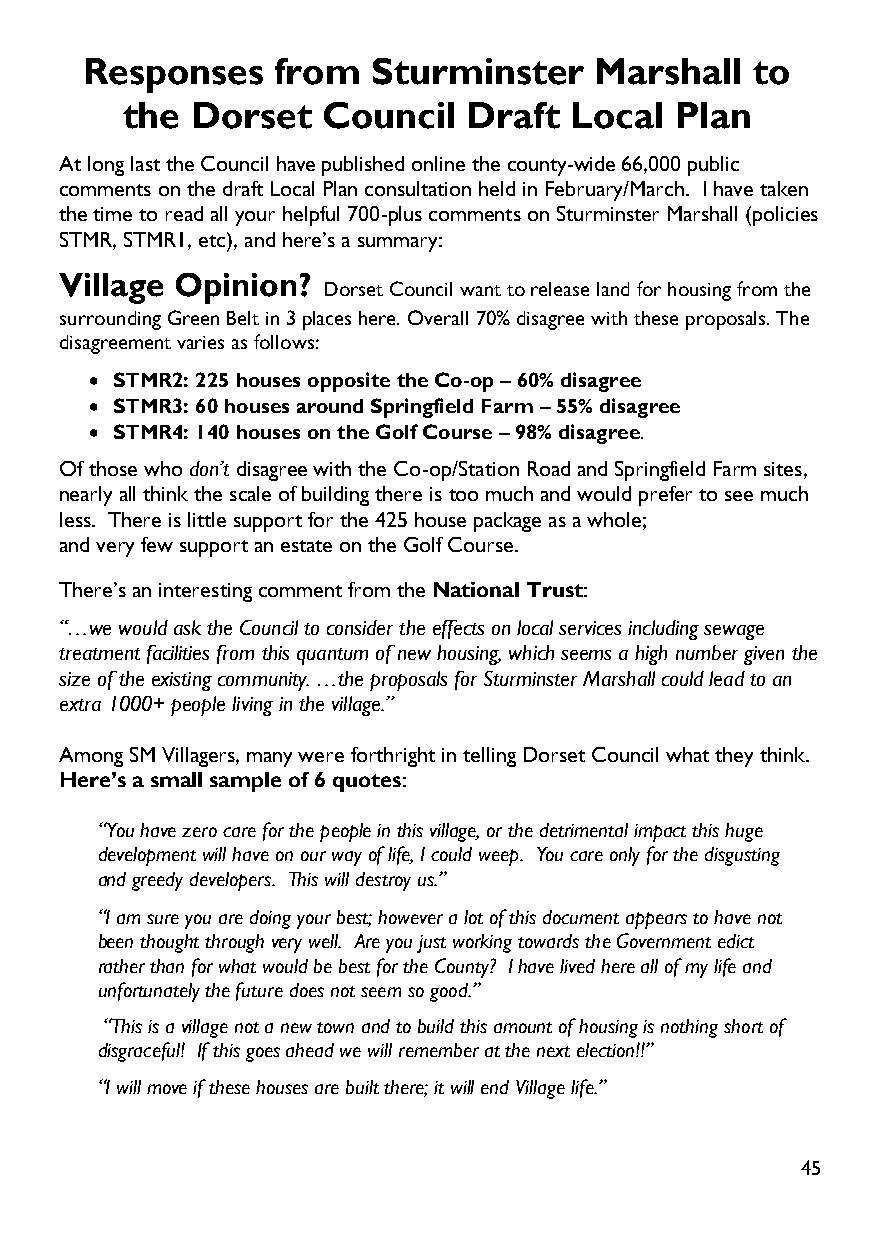
Responses   from   Sturminster   Marshall   to
 the  Dorset  Council   Draft  Local  Plan
 At long last the Council have published online the county-wide 66,000 public
 comments on the draft Local Plan consultation held in February/March. I have taken
 the time to read all your helpful 700-plus comments on Sturminster Marshall (policies
 STMR, STMR1, etc),and here’s a summary:
 Village Opinion?
 Dorset Council want to release land for housing from the
 surrounding Green Belt in 3 places here. Overall 70% disagree with these proposals. The
 disagreement varies as follows:
  STMR2: 225 houses opposite the Co-op–60% disagree
  STMR3: 60 houses around Springfield Farm–55% disagree
  STMR4: 140 houses on the Golf Course–98% disagree.
 Of those whodon’tdisagree with the Co-op/Station Road and Springfield Farm sites,
 nearly all think the scale of building there is too much and would prefer to see much
 less. There is little support for the 425 house package as a whole;
 and very few support an estate on the Golf Course.
 There’s an interesting comment from theNational Trust:
 “…we would ask the Council to consider the effects on local services including sewage
 treatment facilities from this quantum of new housing, which seems a high number given the
 size of the existing community. …the proposals for Sturminster Marshall could lead to an
 extra 1000+ people living in the village.”
 Among SM Villagers, many were forthright in telling Dorset Council what they think.
 Here’s a small sample of 6 quotes:
 “You have zero care for the people in this village, or the detrimental impact this huge
 development will have on our wayof life, I could weep. You care only for the disgusting
 and greedy developers. This will destroy us.”
 “I am sure you are doing your best; however a lot of this document appears to have not
 been thought through very well. Are you just working towards the Government edict
 rather than for what would be best for the County? I have lived here all of my life and
 unfortunately the future does not seem so good.”
 “This is a village not a new town and to build this amount of housing is nothing short of
 disgraceful! If this goes ahead we will remember at the next election!!”
 “I will move if these houses are built there; it will end Village life.”
 45